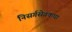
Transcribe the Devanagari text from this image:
निसर्गसेवकचा